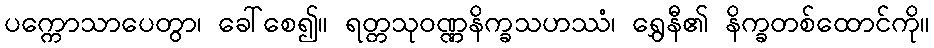
ပက္ကောသာပေတွာ၊ ခေါ်စေ၍။ ရတ္တသုဝဏ္ဏနိက္ခသဟဿံ၊ ရွှေနီ၏ နိက္ခတစ်ထောင်ကို။